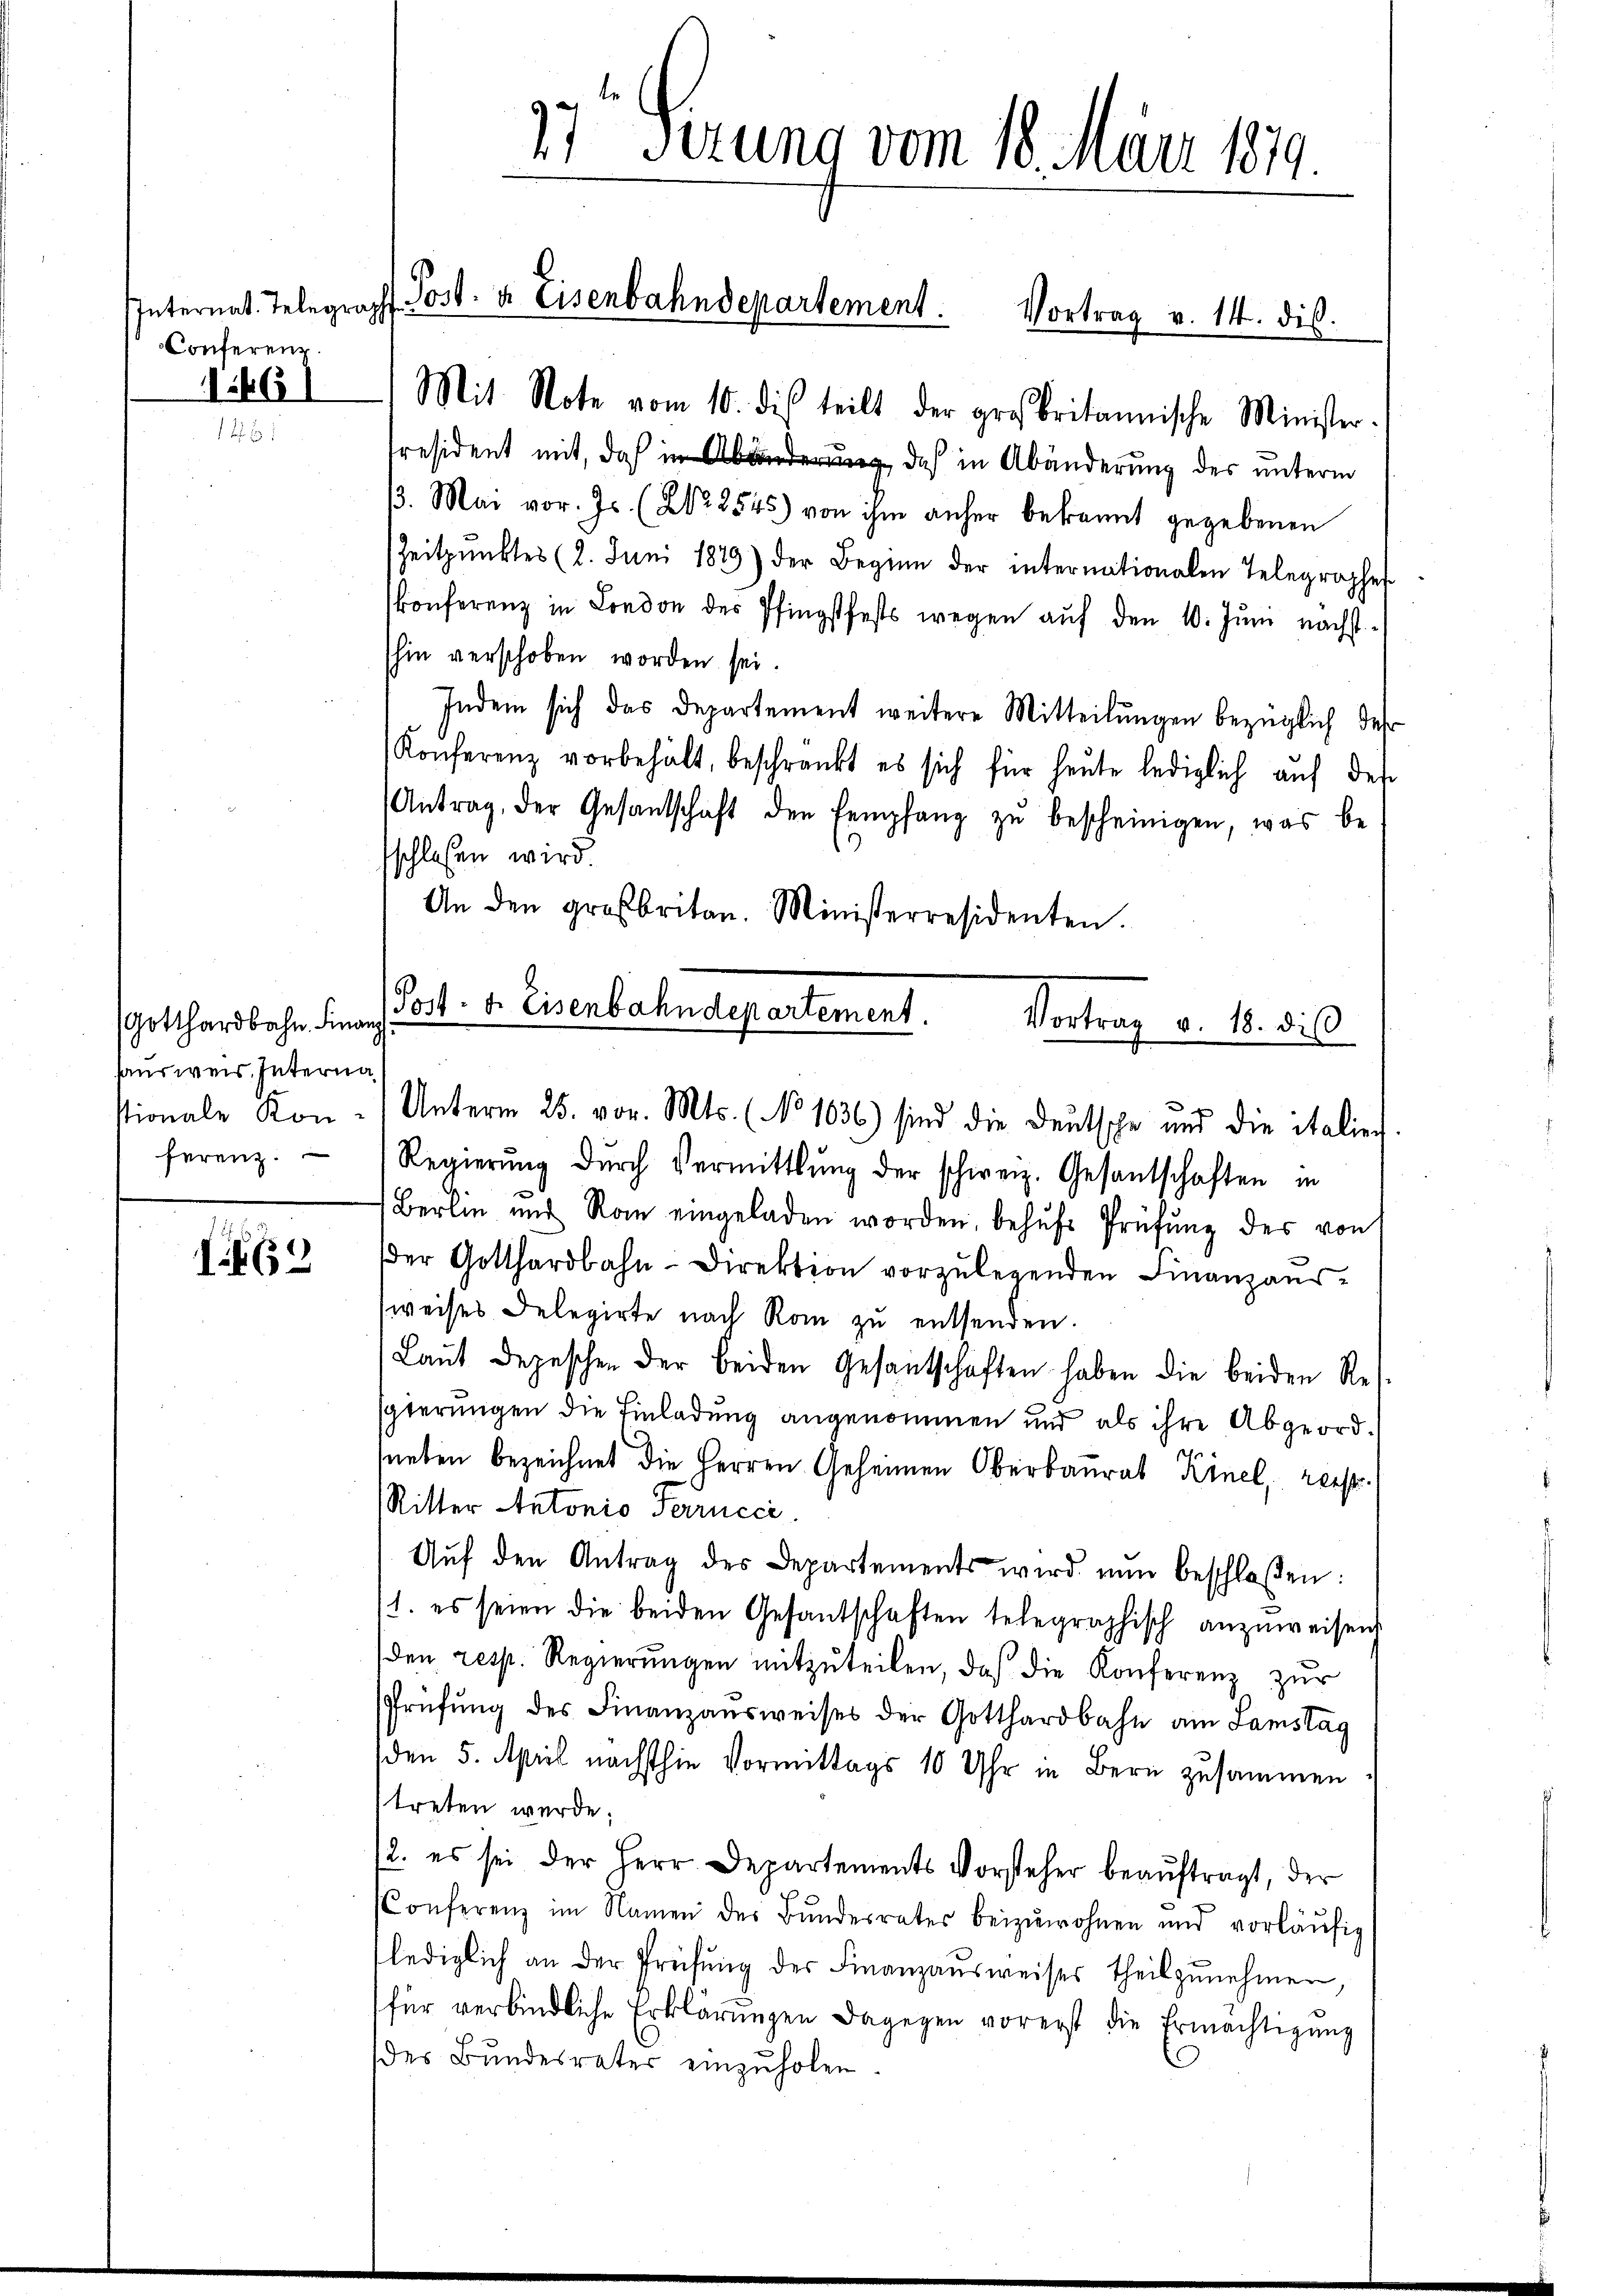
Internat. Telegraph
Conferenz.

1461

Gotthardbahn. Finanz
sausweis. Interna
stionale Kon-
ferenz.

6

27t Sizung vom 18. März 1889.

Post. u. Eisenbahndepartement. Vortrag v. 14. dis.
Mit Note vom 10. dies teilt der großbritannische Minister-

resident mit, daß in das in Abänderung des unterm
. Mai vor. Js. (Nr. 2545) von ihm anher bekannt gegebenen
Zeitpunktes (2. Juni 1879) der Beginn der internationalen Telegraphes
konferenz in London der Pfingstfests wegen aŭf den 10. Jŭni nächst
Ihin verschoben worden sei.
Indem sich das Departement weitere Mitteilungen bezüglich des
Konferenz vorbehält, beschränkt es sich für heute lediglich auf der
Antrag, der Gesantschaft den tempfang zŭ bescheinigen, was be
o
sschlossen wird
An den großbritan. Ministerresidenten.

Post- u. Eisenbahndepartement.
Vortrag v. 18. di
e

Unterm 25. vor. Mts. (No 1036) sind die Deutsche und die italien
Regierŭng durch Vermittlung der schweiz. Gesantschaften in
Berlin und Rom eingeladen worden, behŭfs Prüfung des von
der Gotthardbahn-Direktion vorzŭlegenden Finanzans-
weises Delegirte nach Rom zu entsenden.
Laut Depeschen der beiden Gesantschaften haben die beiden Res
sgierungen die Einladung angenommen und als ihre Abgeord-
r
sneben bezeichnet die Herren Geheimen Oberbaurat Annel, res
Ritter Antonio Perrncci
Aŭf den Antrag des Departements wird nun beschloßen:
11. es seien die beiden Gesantschaften telegraphisch anzŭweisen
den resp. Regierŭngen mitzŭteilen, daß die Konferenz zur
sfrüfŭng des Finanzausweises der Gotthardbahn am Samstag
den 5. April nächsthin Vormittags 10 Uhr in Bern zusammen
treten werde;
/2. es sei der Herr Departements Vorsteher beaŭftragt, der
Conferenz im Namen des Bŭndesrates beizuwohnen und vorläŭfig
lediglich an der Prüfŭng der Finanzausweises theil zŭnehmen,
für verbindliche Erklärungen dagegen vorerst die Ermächtigŭng
des Bŭndesrater einzŭholen.